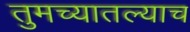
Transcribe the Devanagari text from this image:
तुमच्यातल्याच